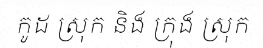
កូដ ស្រុក និង ក្រុង ស្រុក